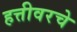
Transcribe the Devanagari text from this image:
हत्तीवरचे